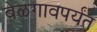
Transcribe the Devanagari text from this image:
बेळगावपर्यंत